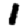
Digit: 1